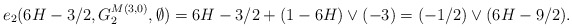
\begin{align*} e_2(6H-3/2,G^{M(3,0)}_{2},\emptyset)&= 6H-3/2 + (1-6H)\vee(-3) =(-1/2)\vee(6H-9/2). \end{align*}